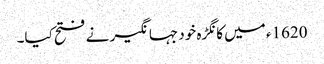
1620ء میں کانگڑہ خود جہانگیر نے فتح کیا۔